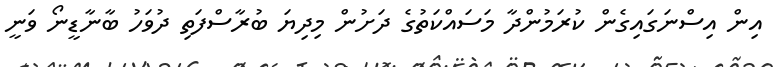
އިން އިސްނަގައިގެން ކުރަމުންދާ މަސައްކަތުގެ ދަށުން މިދިޔަ ބުރާސްފަތި ދުވަހު ބާނާޑީނޯ ވަނީ